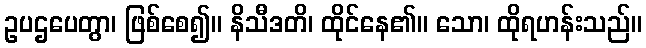
ဥပဌပေတွာ၊ ဖြစ်စေ၍။ နိသီဒတိ၊ ထိုင်နေ၏။ သော၊ ထိုရဟန်းသည်။